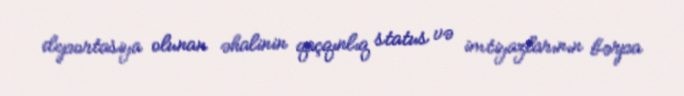
deportasiya olunan əhalinin qaçqınlıq status və imtiyazlarının bərpa